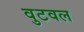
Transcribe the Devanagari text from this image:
वुटवल